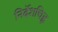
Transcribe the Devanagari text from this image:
निर्देशचिह्न